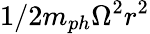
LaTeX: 1/2m_{ph}\Omega^{2}r^{2}